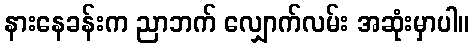
နားနေခန်းက ညာဘက် လျှောက်လမ်း အဆုံးမှာပါ။